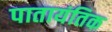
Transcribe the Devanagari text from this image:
पातायंतिक